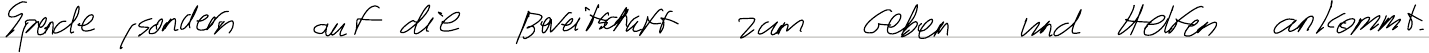
Spende, sondern auf die Bereitschaft zum Geben und Helfen ankommt.